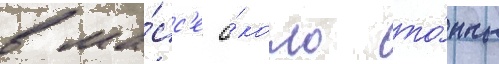
в ма́сс'е о́коло то́нны